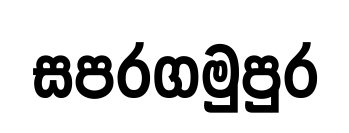
සපරගමුපුර